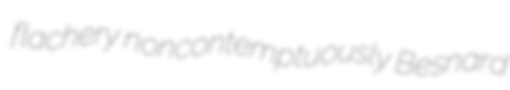
flachery noncontemptuously Besnard